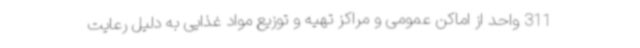
311 واحد از اماکن عمومی و مراکز تهیه و توزیع مواد غذایی به دلیل رعایت